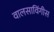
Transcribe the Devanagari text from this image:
वालसाविंगीस